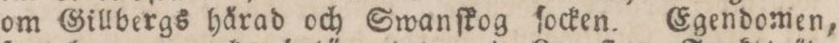
om Gillbergs hårad och Swanſkog ſocken. Egendomen,